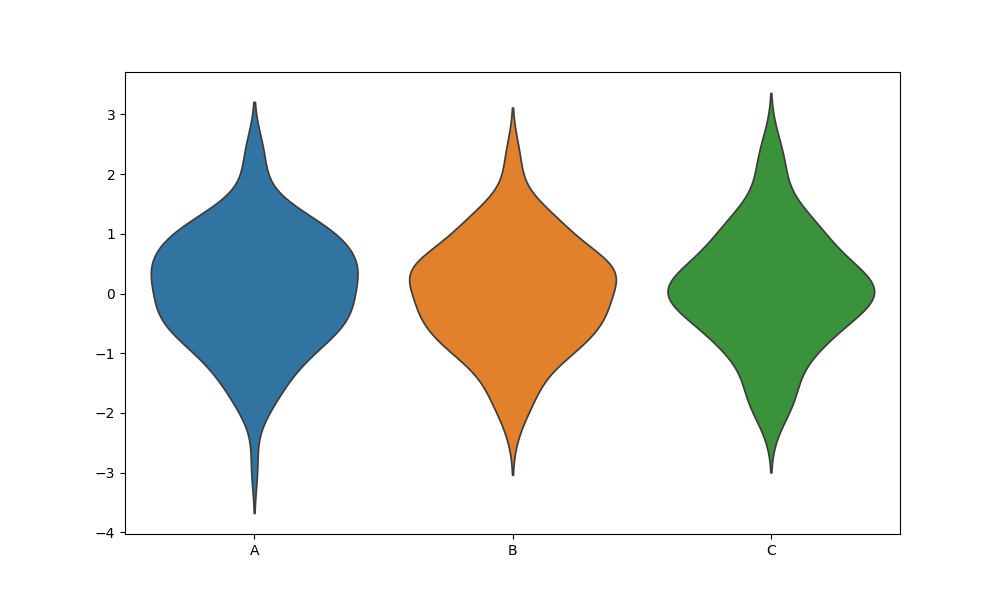
python, seaborn, violinplot, scale='width', split='False', inner='None', fill='True'